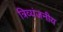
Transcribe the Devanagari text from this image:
त्रिव्यंजनीय